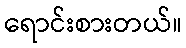
ရောင်းစားတယ်။